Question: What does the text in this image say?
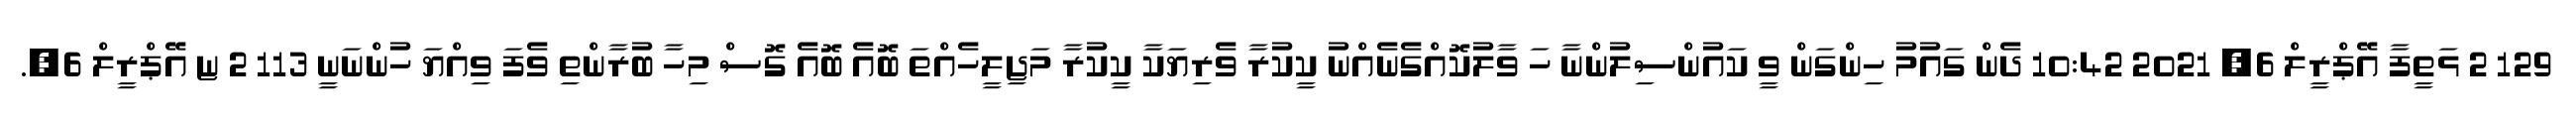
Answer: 129 2 ޅަތީފާ އޭޕްރީލް 6, 2021 10:42 ދެން ގައުމު ހިންގަން ވީ ކައުންސިލުންނާ ހަ ވާލުކޮއްގެނެއްނު ކީކުރާ ވެރިޔަކާ ކީކުރާ މަޖިލީހެއްތަ ބޮއެ ބޮއެ ގޮސް މިހާ ބުރާންތި ވެފަ ވިއްޔަ ހުންނަނީ 113 2 ޏ އޭޕްރީލް 6,.